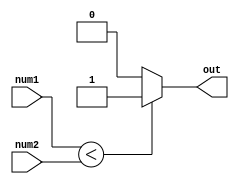
module less_than_comparator (
    input [7:0] num1,
    input [7:0] num2,
    output reg out
);

always @ (num1, num2)
begin
    if (num1 < num2)
        out = 1;
    else
        out = 0;
end

endmodule